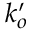
k _ { o } ^ { \prime }